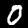
Label: 0